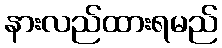
နားလည်ထားရမည်